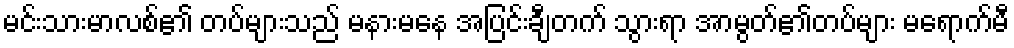
မင်းသားမာလစ်၏ တပ်များသည် မနားမနေ အပြင်းချီတက် သွားရာ အာမွတ်၏တပ်များ မရောက်မီ